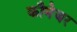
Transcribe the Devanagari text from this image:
कौमेजर